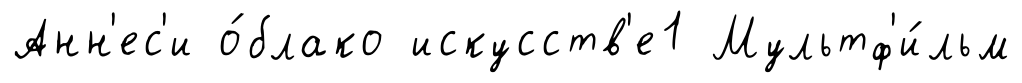
Анн'ес'и о́блако искусств'е1 Мультф'и́льм